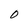
Character: O